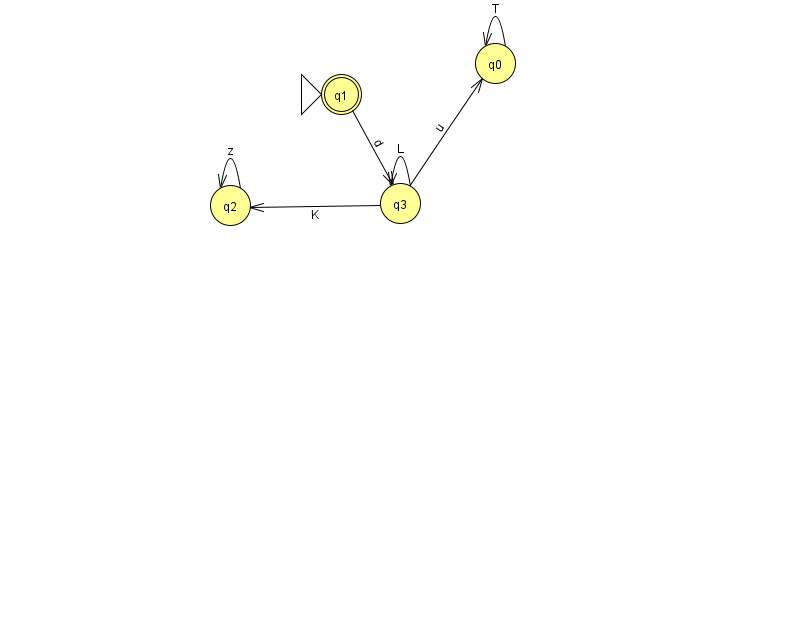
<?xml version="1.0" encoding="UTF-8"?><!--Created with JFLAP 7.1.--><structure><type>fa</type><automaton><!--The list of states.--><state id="0" name="q0"><x>495.0</x><y>50.0</y></state><state id="1" name="q1"><x>341.0</x><y>81.0</y><initial/><final/></state><state id="2" name="q2"><x>230.0</x><y>192.0</y></state><state id="3" name="q3"><x>400.0</x><y>190.0</y></state><!--The list of transitions.--><transition><from>0</from><to>0</to><read>T</read></transition><transition><from>2</from><to>2</to><read>z</read></transition><transition><from>3</from><to>3</to><read>L</read></transition><transition><from>3</from><to>2</to><read>K</read></transition><transition><from>1</from><to>3</to><read>d</read></transition><transition><from>3</from><to>0</to><read>u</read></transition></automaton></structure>